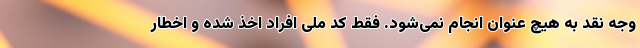
وجه نقد به هیچ عنوان انجام نمی‌شود. فقط کد ملی افراد اخذ شده و اخطار